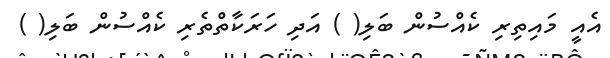
އެއީ މައިތިރި ކެއްސުން ބަލި( ) އަދި ހަރަކާތްތެރި ކެއްސުން ބަލި( )